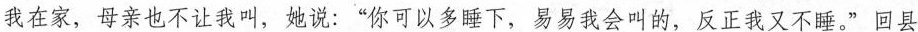
我在家，母亲也不让我叫，她说：”你可以多睡下，易易我会叫的，反正我又不睡。”回县